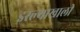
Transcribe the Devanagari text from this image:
इरल्याखाली